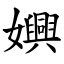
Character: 嬹